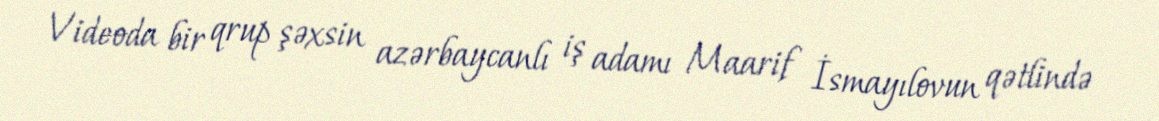
Videoda bir qrup şəxsin azərbaycanlı iş adamı Maarif İsmayılovun qətlində